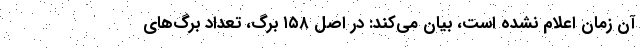
آن زمان اعلام نشده است، بیان می‌کند: در اصل ۱۵۸ برگ، تعداد برگ‌های